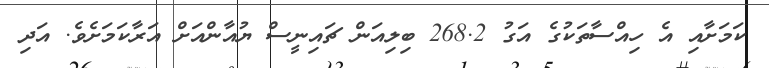
ކަމަށާއި އެ ހިއްސާތަކުގެ އަގު 268.2 ބިލިއަން ޗައިނީސް ޔުއާންއަށް އަރާކަމަށެވެ. އަދި